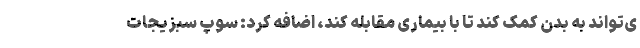
ی‌تواند به بدن کمک کند تا با بیماری مقابله کند، اضافه کرد: سوپ سبزیجات